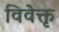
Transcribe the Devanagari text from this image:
विवेक्तृ